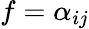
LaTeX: f=\alpha_{ij}